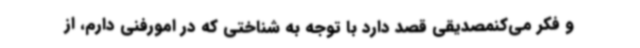
و فکر می‌کنمصدیقی قصد دارد با توجه به شناختی که در امورفنی دارم، از